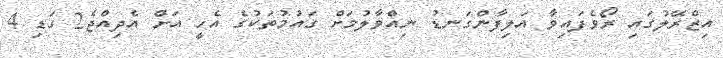
އިޒްރޭލުގައި ރޯވެފައިވާ އަލިފާންގަނޑު ނިއްވާލުމަށް ގައުމުތަކުގެ އެހީ އަށް އެދިއްޖެ2 ގަޑި 4